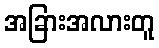
အခြားအလားတူ